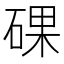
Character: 䂺